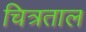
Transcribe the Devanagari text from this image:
चित्रताल